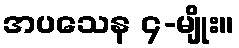
အပသေန ၄-မျိုး။